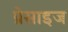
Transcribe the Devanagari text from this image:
प्रेसाइज